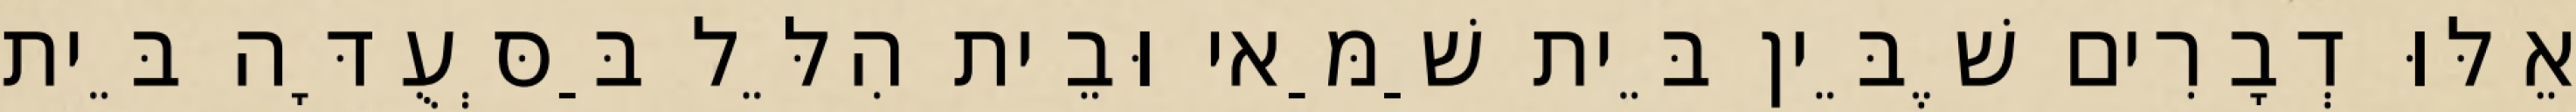
אֵלּוּ דְבָרִים שֶׁבֵּין בֵּית שַׁמַּאי וּבֵית הִלֵּל בַּסְּעֻדָּה בֵּית